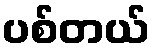
ပစ်တယ်